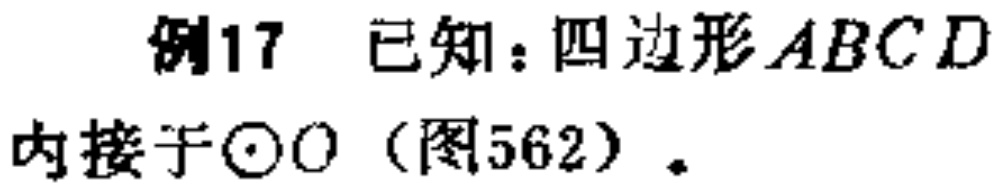
例17 已知：四边形\(ABCD\)内接于\(\odot O\)（图562）.